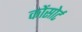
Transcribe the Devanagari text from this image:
कोंसोर्ट